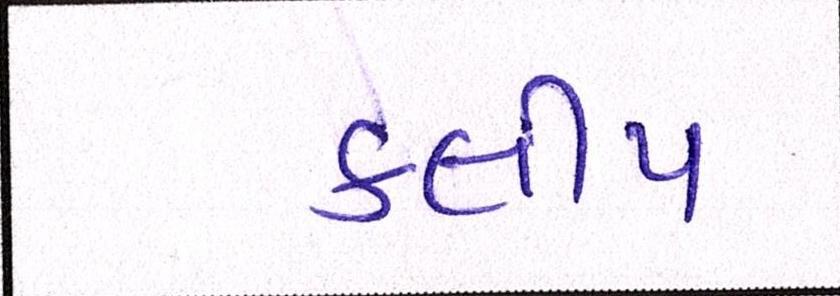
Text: કલીપ